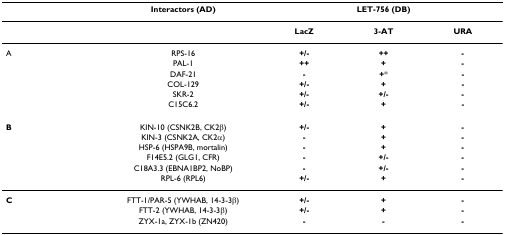
<table><thead><tr><td></td><td><b>Interactors (AD)</b></td><td colspan="3"><b>LET-756 (DB)</b></td></tr></thead><tbody><tr><td></td><td></td><td><b>LacZ</b></td><td><b>3-AT</b></td><td><b>URA</b></td></tr><tr><td>A</td><td>RPS-16</td><td><b>+/-</b></td><td><b>++</b></td><td><b>-</b></td></tr><tr><td></td><td>PAL-1</td><td><b>++</b></td><td><b>+</b></td><td><b>-</b></td></tr><tr><td></td><td>DAF-21</td><td><b>-</b></td><td><b>+</b>*</td><td><b>-</b></td></tr><tr><td></td><td>COL-129</td><td><b>+/-</b></td><td><b>+</b></td><td><b>-</b></td></tr><tr><td></td><td>SKR-2</td><td><b>+/-</b></td><td><b>+/-</b></td><td><b>-</b></td></tr><tr><td></td><td>C15C6.2</td><td><b>+/-</b></td><td><b>+</b></td><td><b>-</b></td></tr><tr><td><b>B</b></td><td>KIN-10 (CSNK2B, CK2β)</td><td><b>+/-</b></td><td><b>+</b></td><td><b>-</b></td></tr><tr><td></td><td>KIN-3 (CSNK2A, CK2α)</td><td><b>-</b></td><td><b>+</b></td><td><b>-</b></td></tr><tr><td></td><td>HSP-6 (HSPA9B, mortalin)</td><td><b>-</b></td><td><b>+</b></td><td><b>-</b></td></tr><tr><td></td><td>F14E5.2 (GLG1, CFR)</td><td><b>-</b></td><td><b>+/-</b></td><td><b>-</b></td></tr><tr><td></td><td>C18A3.3 (EBNA1BP2, NoBP)</td><td><b>-</b></td><td><b>+/-</b></td><td><b>-</b></td></tr><tr><td></td><td>RPL-6 (RPL6)</td><td><b>+/-</b></td><td><b>+</b></td><td><b>-</b></td></tr><tr><td><b>C</b></td><td>FTT-1/PAR-5 (YWHAB, 14-3-3β)</td><td><b>+/-</b></td><td><b>+</b></td><td><b>-</b></td></tr><tr><td></td><td>FTT-2 (YWHAB, 14-3-3β)</td><td><b>+/-</b></td><td><b>+</b></td><td><b>-</b></td></tr><tr><td></td><td>ZYX-1a, ZYX-1b (ZN420)</td><td><b>-</b></td><td><b>-</b></td><td><b>-</b></td></tr></tbody></table>